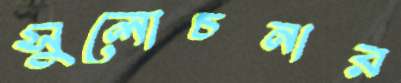
সুলোচনার